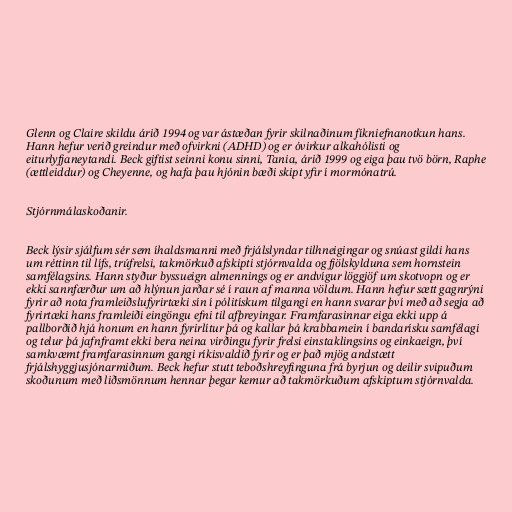
Glenn og Claire skildu árið 1994 og var ástæðan fyrir skilnaðinum fíkniefnanotkun hans.
Hann hefur verið greindur með ofvirkni (ADHD) og er óvirkur alkahólisti og
eiturlyfjaneytandi. Beck giftist seinni konu sinni, Tania, árið 1999 og eiga þau tvö börn, Raphe
(ættleiddur) og Cheyenne, og hafa þau hjónin bæði skipt yfir í mormónatrú.

Stjórnmálaskoðanir.

Beck lýsir sjálfum sér sem íhaldsmanni með frjálslyndar tilhneigingar og snúast gildi hans
um réttinn til lífs, trúfrelsi, takmörkuð afskipti stjórnvalda og fjölskylduna sem hornstein
samfélagsins. Hann styður byssueign almennings og er andvígur löggjöf um skotvopn og er
ekki sannfærður um að hlýnun jarðar sé í raun af manna völdum. Hann hefur sætt gagnrýni
fyrir að nota framleiðslufyrirtæki sín í pólitískum tilgangi en hann svarar því með að segja að
fyrirtæki hans framleiði eingöngu efni til afþreyingar. Framfarasinnar eiga ekki upp á
pallborðið hjá honum en hann fyrirlítur þá og kallar þá krabbamein í bandarísku samfélagi
og telur þá jafnframt ekki bera neina virðingu fyrir frelsi einstaklingsins og einkaeign, því
samkvæmt framfarasinnum gangi ríkisvaldið fyrir og er það mjög andstætt
frjálshyggjusjónarmiðum. Beck hefur stutt teboðshreyfinguna frá byrjun og deilir svipuðum
skoðunum með liðsmönnum hennar þegar kemur að takmörkuðum afskiptum stjórnvalda.